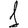
Digit: 1